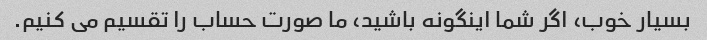
بسیار خوب، اگر شما اینگونه باشید، ما صورت حساب را تقسیم می کنیم.